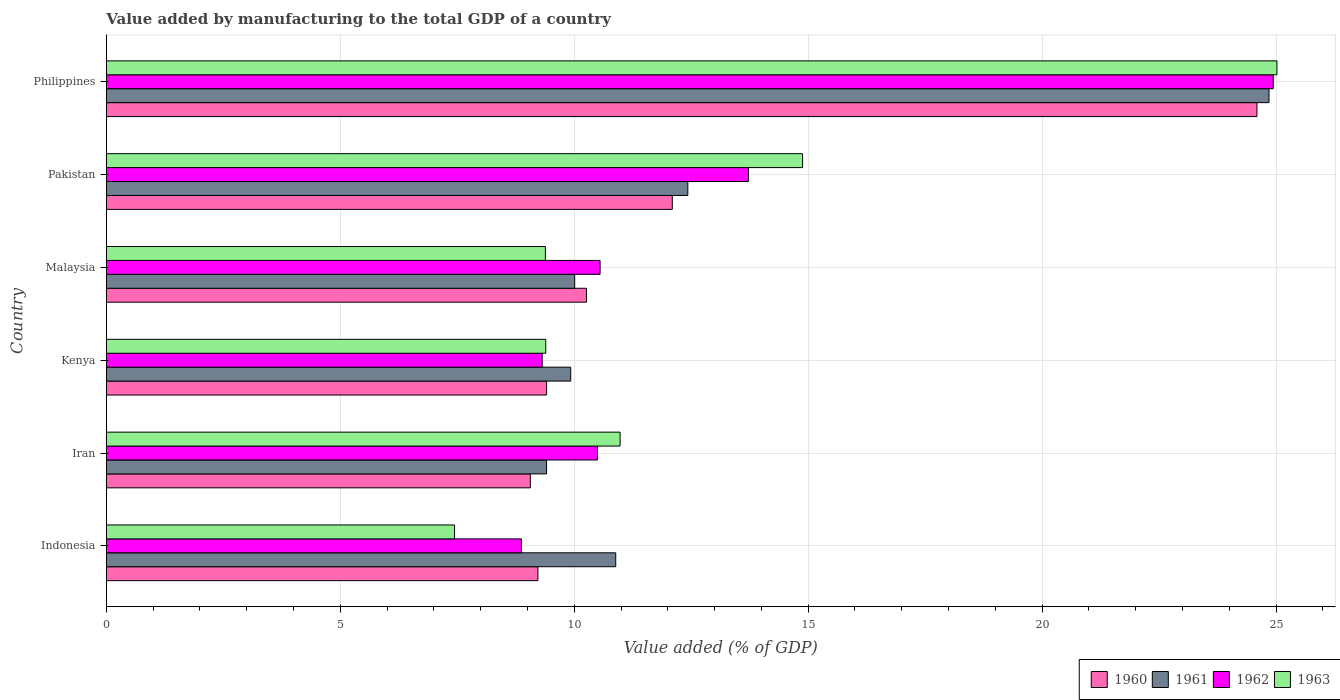
| Country | 1960 | 1961 | 1962 | 1963 |
 | --- | --- | --- | --- | --- |
 | Indonesia | 9.22 | 10.9 | 8.87 | 7.44 |
 | Iran | 9.06 | 9.41 | 10.5 | 11 |
 | Kenya | 9.41 | 9.93 | 9.32 | 9.39 |
 | Malaysia | 10.3 | 10 | 10.6 | 9.38 |
 | Pakistan | 12.1 | 12.4 | 13.7 | 14.9 |
 | Philippines | 24.6 | 24.8 | 24.9 | 25 |